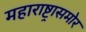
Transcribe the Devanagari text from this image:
महाराष्ट्रासमोर